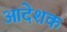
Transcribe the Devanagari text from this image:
आदेशक